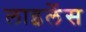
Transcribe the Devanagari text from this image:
लाइलेंस